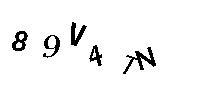
89V4TN